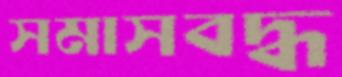
সমাসবদ্ধ